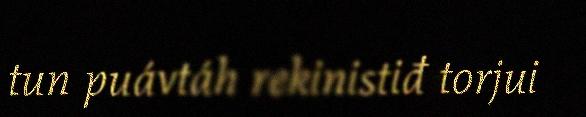
tun puávtáh rekinistiđ torjui